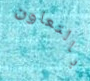
بالتعاون